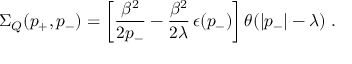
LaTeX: \Sigma _ { Q } ( p _ { + } , p _ { - } ) = \left[ \frac { \beta ^ { 2 } } { 2 p _ { - } } - \frac { \beta ^ { 2 } } { 2 \lambda } \, \epsilon ( p _ { - } ) \right] \theta ( | p _ { - } | - \lambda ) \; .